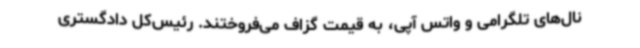
نال‌های تلگرامی و واتس آپی، به قیمت گزاف می‌فروختند. رئیس‌کل دادگستری